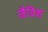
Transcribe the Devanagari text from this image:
जैविश